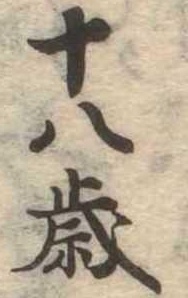
十八歳